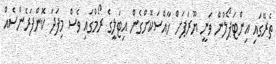
ތެރޭގައި އިންޓަޕޯލުން ވަނީ ޔޫރަޕަށް ޚާއްސަކޮށްގެން އިޓަލީގެ ރޯމްގައި ވެސް މިފަދަ ކޮންފަރެންސެއް